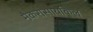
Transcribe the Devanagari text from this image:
मैकरोसायकिल